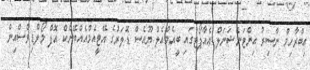
އިބްރާހިމް ނާސިރު އިންޓަނޭޝަނަލް އެއާޕޯޓުގައި ބީއެމްއެލް ޔޫއެސް ޑޮލަރުގެ އޭޓީއެމްއެއްބޭންކް އޮފް މޯލްޑިވްސްއިން